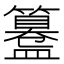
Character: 𥶊